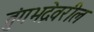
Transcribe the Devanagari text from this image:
तुंगभद्रेवरील